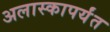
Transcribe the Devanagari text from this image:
अलास्कापर्यंत